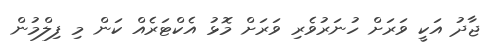
ޖާދު އަކީ ވަރަށް ހުނަރުވެރި ވަރަށް މޮޅު އެކްޓަރެއް ކަން މި ފިލްމުން